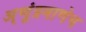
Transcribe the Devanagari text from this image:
अ्णूंप्रमाणेच